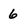
Character: 6